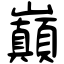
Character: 巔